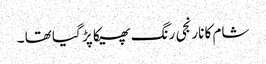
شام کا نارنجی رنگ پھیکا پڑ گیا تھا ۔